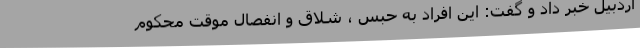
اردبیل خبر داد و گفت: این افراد به حبس ، شلاق و انفصال موقت محکوم